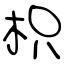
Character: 枳